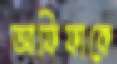
আফিফাকে